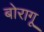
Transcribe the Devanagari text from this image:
बोरागू